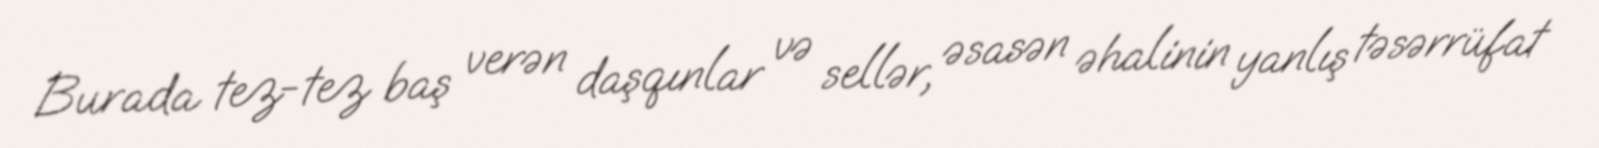
Burada tez-tez baş verən daşqınlar və sellər, əsasən əhalinin yanlış təsərrüfat